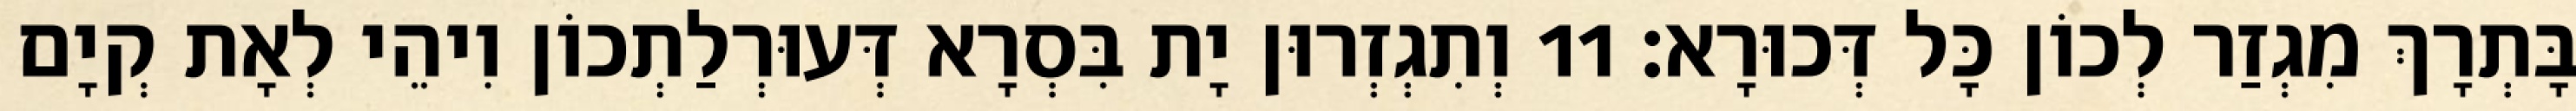
בָּתְרָךְ מִגְזַר לְכוֹן כָּל דְּכוּרָא׃ 11 וְתִגְזְרוּן יָת בִּסְרָא דְּעוּרְלַתְכוֹן וִיהֵי לְאָת קְיָם